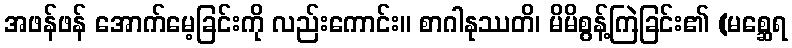
အဖန်ဖန် အောက်မေ့ခြင်းကို လည်းကောင်း။ စာဂါနုဿတိ၊ မိမိစွန့်ကြဲခြင်း၏ (မစ္ဆေရ